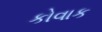
કોવાક